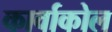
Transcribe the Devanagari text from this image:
कार्वाकोल